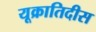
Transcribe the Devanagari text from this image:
यूक्रातिदीस